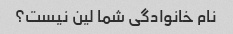
نام خانوادگی شما لین نیست؟